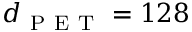
d _ { \mathrm { ~ P ~ E ~ T ~ } } = 1 2 8